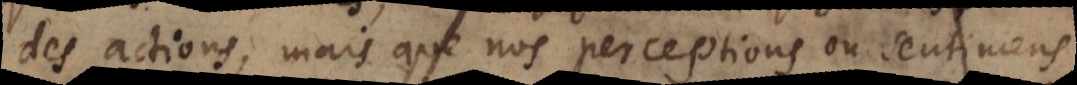
des actions, mais que nos perceptions ou sentimens